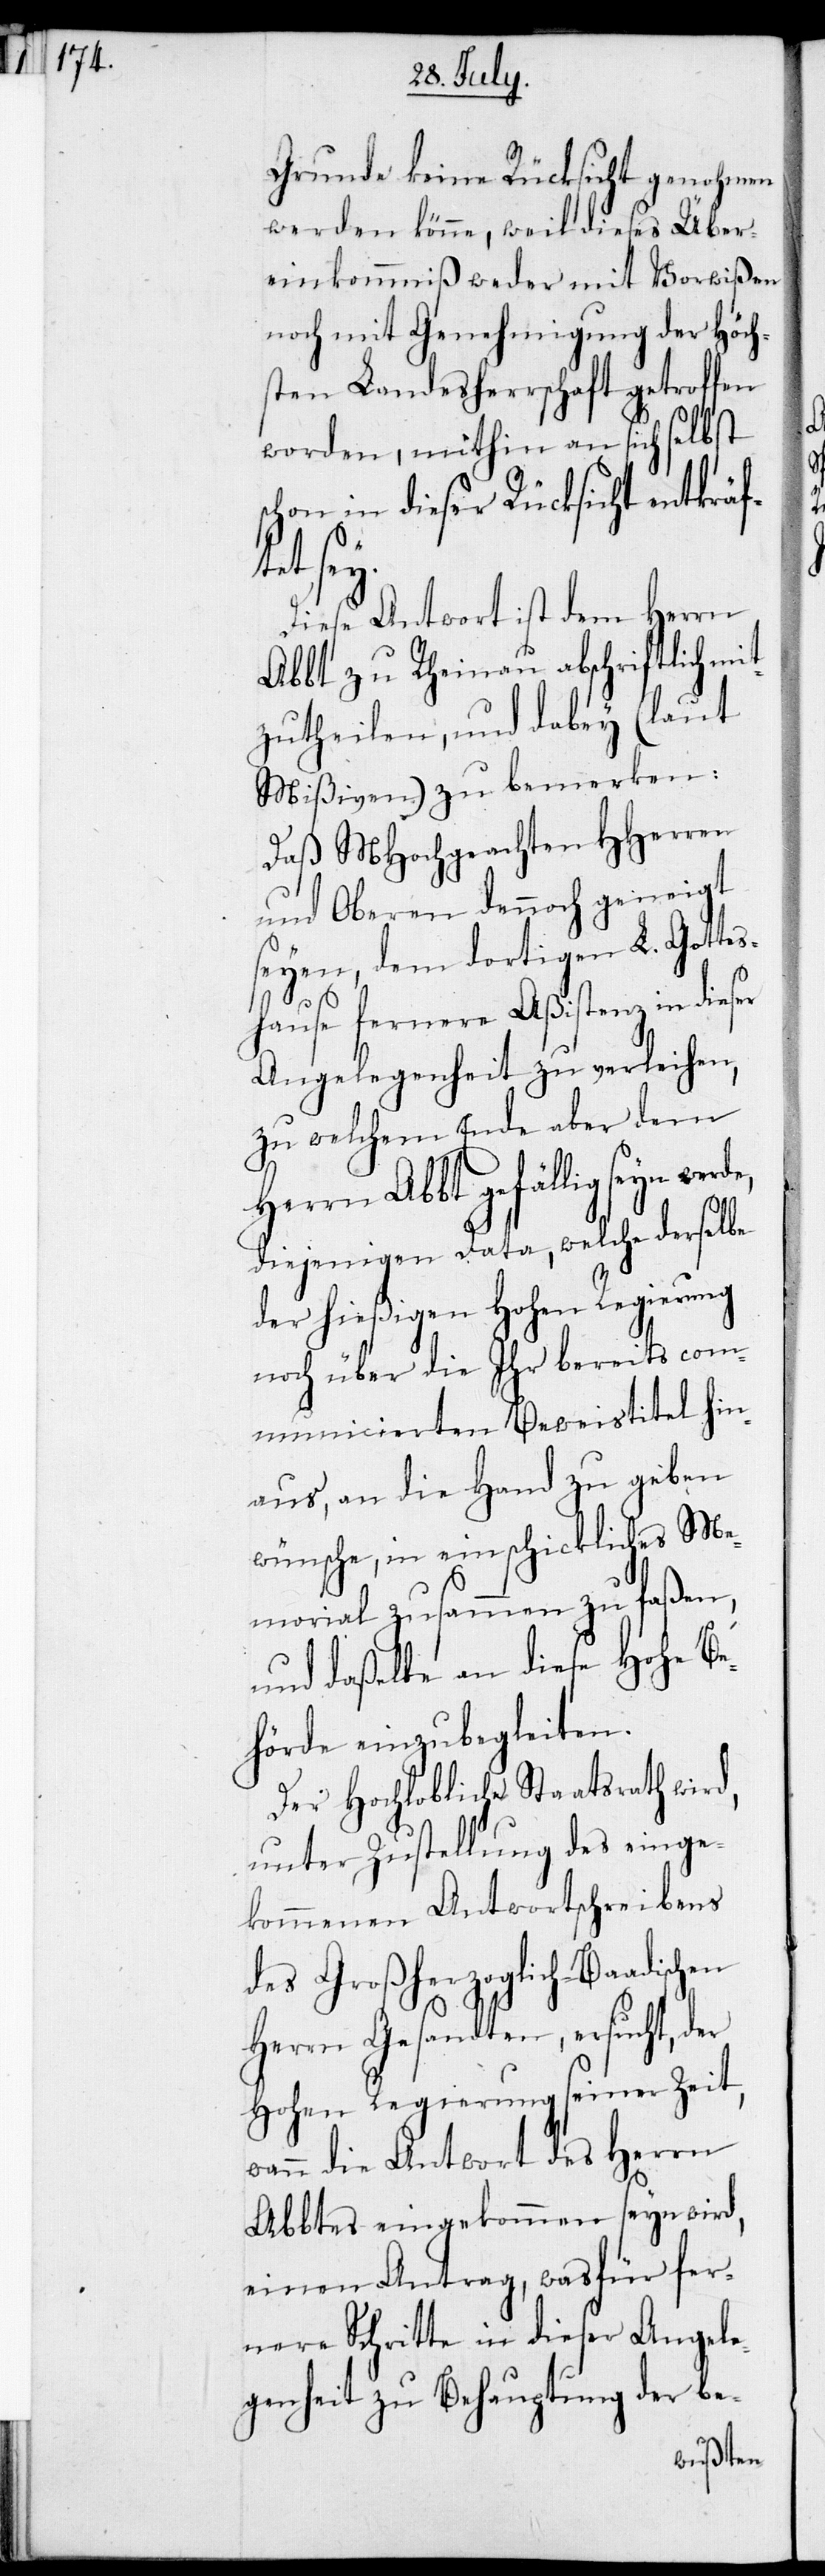
keine Rücksicht genohmen
werden könne, weil dieses Über¬
einkommniß weder mit Vorwißen
noch mit Genehmigung der Höch¬
sten Landesherrschaft getroffen
worden, mithin an sich selbst
schon in dieser Rücksicht entkräf¬
tet sey.
Diese Antwort ist dem Herrn
Abbt zu Rheinau abschriftlich mit¬
zutheilen, und dabey (laut
Mißiven) zu bemerken:
Daß MHochgeachten HHerren
und Oberen dennoch geneigt
seyen, dem dortigen L. Gottes¬
hause fernere Aßistenz in dieser
Angelegenheit zu verleihen,
zu welchem Ende aber dem
Herrn Abbt gefällig seyn
diejenigen Data, welche derselbe
der hießigen Hohen Regierung
noch über die Ihr bereits com¬
municierten Beweistitel hin¬
aus, an die Hand zu geben
wünsche, in ein schickliches Me¬
morial zusammenzufaßen,
und daßelbe an diese Hohe Be¬
hörde einzubegleiten.
Der Hochlobliche Staatsrath wird,
unter Zustellung des einge¬
kommenen Antwortschreibens
des Großherzoglich-Baadischen
Herrn Gesandten, ersucht, der
Hohen Regierung seiner Zeit,
wann die Antwort des Herrn
Abbtes eingekommen seyn wird,
einen Antrag, wasfür fer¬
nere Schritte in dieser Angele¬
genheit zu Behauptung der be-